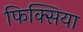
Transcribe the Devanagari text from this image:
फिक्सिया